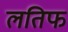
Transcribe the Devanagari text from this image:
लतिफ